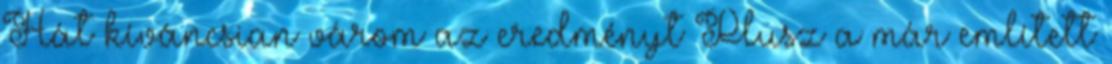
Hát kíváncsian várom az eredményt Plusz a már említett